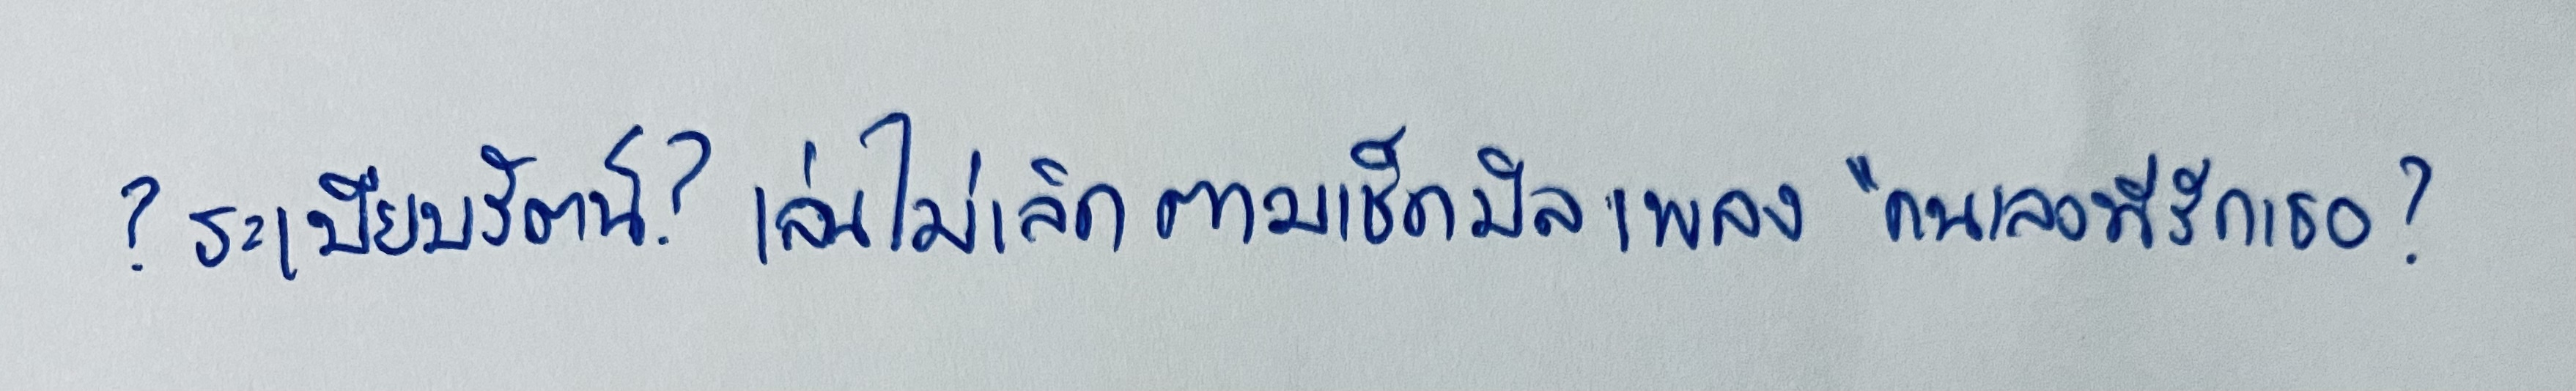
?ระเบียบรัตน์?เล่นไม่เลิกตามเช็คบิลเพลง"คนเลวที่รักเธอ?